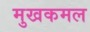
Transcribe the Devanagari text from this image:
मुखकमल